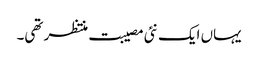
یہاں ایک نئی مصیبت منتظر تھی۔